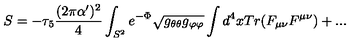
S = - \tau _ { 5 } { \frac { ( 2 \pi \alpha ^ { \prime } ) ^ { 2 } } { 4 } } \int _ { S ^ { 2 } } e ^ { - \Phi } \sqrt { g _ { \theta \theta } g _ { \varphi \varphi } } \int d ^ { 4 } x T r ( F _ { \mu \nu } F ^ { \mu \nu } ) + . . .